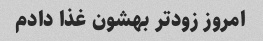
امروز زودتر بهشون غذا دادم